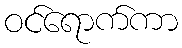
ဝင်ရောက်ကာ